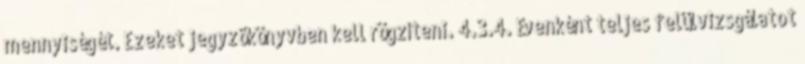
mennyiségét. Ezeket jegyzõkönyvben kell rögzíteni. 4.3.4. Évenként teljes felülvizsgálatot